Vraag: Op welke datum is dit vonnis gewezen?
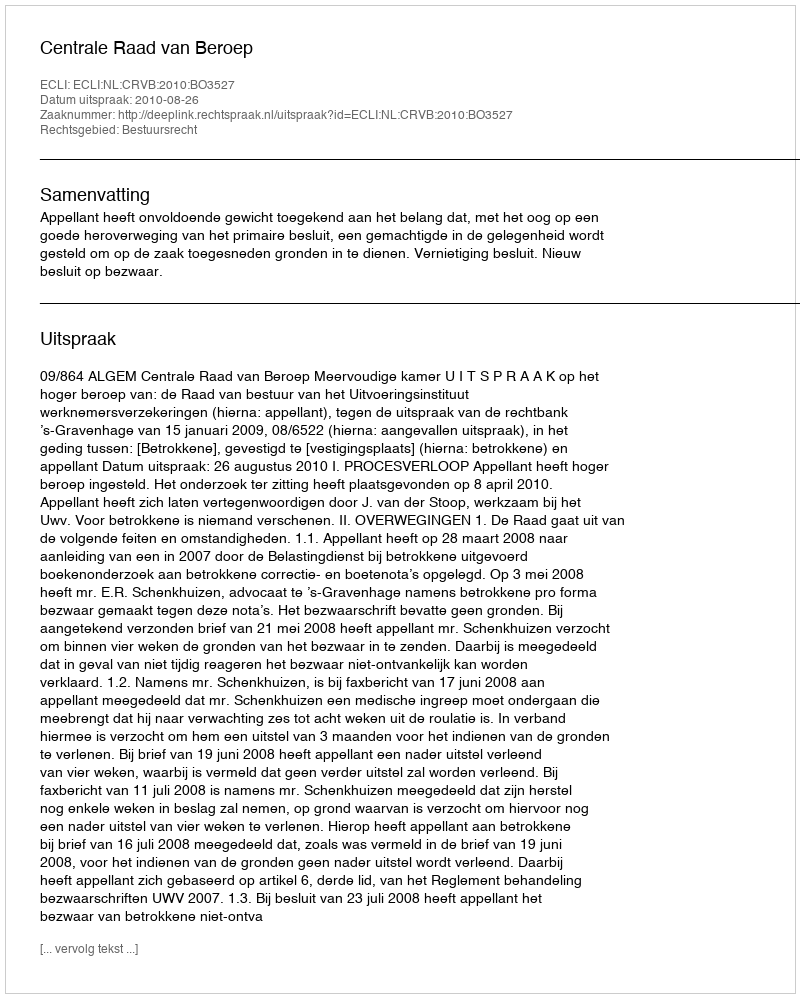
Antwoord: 2010-08-26